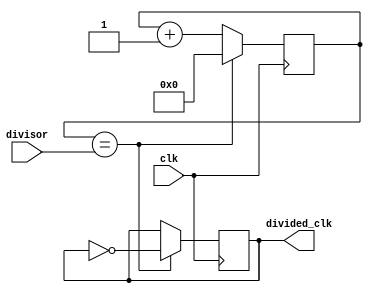
module clock_divider(
    input wire clk, // Input clock signal
    input wire [7:0] divisor, // Input divisor value
    output reg divided_clk // Divided clock output
);

reg [7:0] divide_counter;

always @(posedge clk) begin
    if (divide_counter == divisor) begin
        divided_clk <= ~divided_clk;
        divide_counter <= 0;
    end else begin
        divide_counter <= divide_counter + 1;
    end
end

endmodule